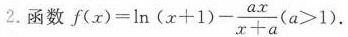
2.函数$$f(x)= \ln(x+1)- \frac{ax}{x+a}(a>1)$$.